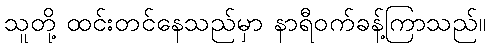
သူတို့ ထင်းတင်နေသည်မှာ နာရီဝက်ခန့်ကြာသည်။